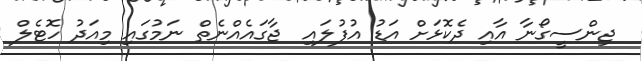
ޖިންސީގޯނާ އާއި ދެކޮޅަށް އަޑު އުފުލައި  ޖާގައެއްނެތް ނަމުގައި މިއަދު ހޮޓެލް